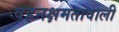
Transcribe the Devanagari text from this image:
वहनक्षमतावाली